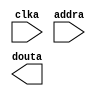
module labkit_image(
	clka,
	addra,
	douta);


input clka;
input [12 : 0] addra;
output [7 : 0] douta;

// synthesis translate_off

      BLK_MEM_GEN_V2_8 #(
		.C_ADDRA_WIDTH(13),
		.C_ADDRB_WIDTH(13),
		.C_ALGORITHM(1),
		.C_BYTE_SIZE(9),
		.C_COMMON_CLK(0),
		.C_DEFAULT_DATA("0"),
		.C_DISABLE_WARN_BHV_COLL(0),
		.C_DISABLE_WARN_BHV_RANGE(0),
		.C_FAMILY("virtex2"),
		.C_HAS_ENA(0),
		.C_HAS_ENB(0),
		.C_HAS_MEM_OUTPUT_REGS_A(0),
		.C_HAS_MEM_OUTPUT_REGS_B(0),
		.C_HAS_MUX_OUTPUT_REGS_A(0),
		.C_HAS_MUX_OUTPUT_REGS_B(0),
		.C_HAS_REGCEA(0),
		.C_HAS_REGCEB(0),
		.C_HAS_SSRA(0),
		.C_HAS_SSRB(0),
		.C_INIT_FILE_NAME("labkit_image.mif"),
		.C_LOAD_INIT_FILE(1),
		.C_MEM_TYPE(3),
		.C_MUX_PIPELINE_STAGES(0),
		.C_PRIM_TYPE(1),
		.C_READ_DEPTH_A(7700),
		.C_READ_DEPTH_B(7700),
		.C_READ_WIDTH_A(8),
		.C_READ_WIDTH_B(8),
		.C_SIM_COLLISION_CHECK("ALL"),
		.C_SINITA_VAL("0"),
		.C_SINITB_VAL("0"),
		.C_USE_BYTE_WEA(0),
		.C_USE_BYTE_WEB(0),
		.C_USE_DEFAULT_DATA(1),
		.C_USE_ECC(0),
		.C_USE_RAMB16BWER_RST_BHV(0),
		.C_WEA_WIDTH(1),
		.C_WEB_WIDTH(1),
		.C_WRITE_DEPTH_A(7700),
		.C_WRITE_DEPTH_B(7700),
		.C_WRITE_MODE_A("WRITE_FIRST"),
		.C_WRITE_MODE_B("WRITE_FIRST"),
		.C_WRITE_WIDTH_A(8),
		.C_WRITE_WIDTH_B(8),
		.C_XDEVICEFAMILY("virtex2"))
	inst (
		.CLKA(clka),
		.ADDRA(addra),
		.DOUTA(douta),
		.DINA(),
		.ENA(),
		.REGCEA(),
		.WEA(),
		.SSRA(),
		.CLKB(),
		.DINB(),
		.ADDRB(),
		.ENB(),
		.REGCEB(),
		.WEB(),
		.SSRB(),
		.DOUTB(),
		.DBITERR(),
		.SBITERR());


// synthesis translate_on

// XST black box declaration
// box_type "black_box"
// synthesis attribute box_type of labkit_image is "black_box"

endmodule